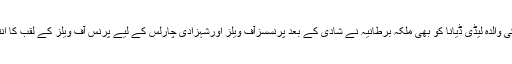
شہزادہ ولیم کی والدہ لیڈی ڈیانا کو بھی ملکہ برطانیہ نے شادی کے بعد پرنسسزآف ویلز اورشہزادی چارلس کے لیے پرنس آف ویلز کے لقب کا انتخاب کیا تھا۔